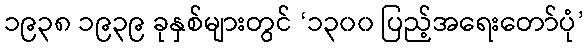
၁၉၃၈ ၁၉၃၉ ခုနှစ်များတွင် ‘၁၃၀၀ ပြည့်အရေးတော်ပုံ’